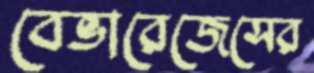
বেভারেজেসের